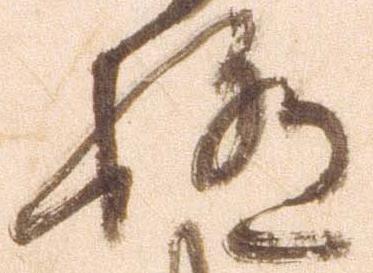
極